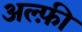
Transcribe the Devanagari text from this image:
अल्फ़ी